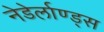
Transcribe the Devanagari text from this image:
नेडेर्लाण्ड्स